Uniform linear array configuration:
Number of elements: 12
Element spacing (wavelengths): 1
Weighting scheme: cosine
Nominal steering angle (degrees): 15
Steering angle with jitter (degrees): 15.472
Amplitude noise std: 0.05
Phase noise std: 0.05

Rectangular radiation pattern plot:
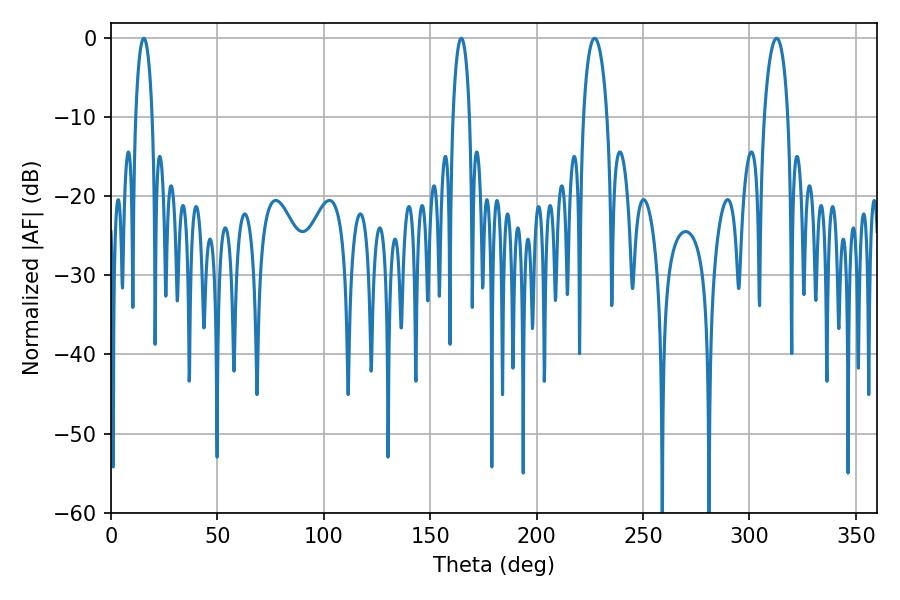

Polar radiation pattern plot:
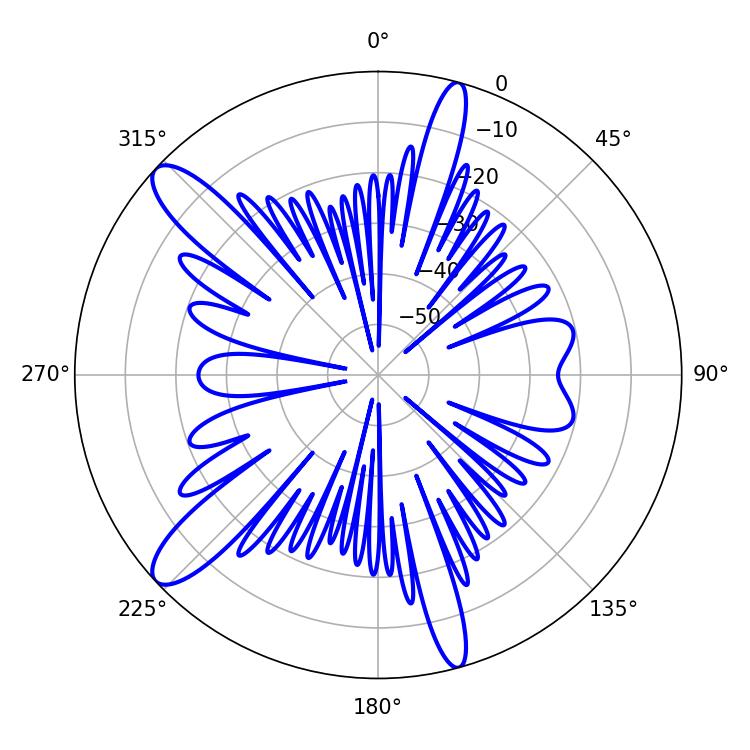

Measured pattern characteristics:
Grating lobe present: TRUE
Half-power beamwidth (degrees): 6.48
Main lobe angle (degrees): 227.16